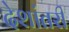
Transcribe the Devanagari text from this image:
देशांतरी